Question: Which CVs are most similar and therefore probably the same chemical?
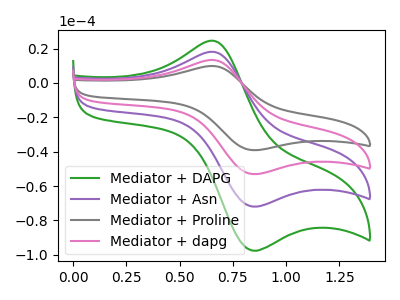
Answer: <think>The green curve "Mediator + DAPG" has an anodic peak at (0.65V, 24.55uA) and a cathodic peak at (0.85V, -97.10uA). The purple curve "Mediator + Asn" has an anodic peak at (0.65V, 18.10uA) and a cathodic peak at (0.85V, -71.60uA). The gray curve "Mediator + Proline" has an anodic peak at (0.65V, 54.30uA) and a cathodic peak at (0.85V, -214.75uA). The pink curve "Mediator + dapg" has an anodic peak at (0.65V, 36.20uA) and a cathodic peak at (0.85V, -143.15uA).
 All the peaks in "Mediator + DAPG" have a peak in "Mediator + Asn" at the same potential. Every peak in "Mediator + DAPG" is higher than every peak in "Mediator + Asn". All the peaks in "Mediator + DAPG" have a peak in "Mediator + Proline" at the same potential. Every peak in "Mediator + DAPG" is lower than every peak in "Mediator + Proline". All the peaks in "Mediator + DAPG" have a peak in "Mediator + dapg" at the same potential. Every peak in "Mediator + DAPG" is lower than every peak in "Mediator + dapg". All the peaks in "Mediator + Asn" have a peak in "Mediator + Proline" at the same potential. Every peak in "Mediator + Asn" is lower than every peak in "Mediator + Proline". All the peaks in "Mediator + Asn" have a peak in "Mediator + dapg" at the same potential. Every peak in "Mediator + Asn" is lower than every peak in "Mediator + dapg". All the peaks in "Mediator + Proline" have a peak in "Mediator + dapg" at the same potential. Every peak in "Mediator + Proline" is higher than every peak in "Mediator + dapg".</think>
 <answer>"Mediator + DAPG", "Mediator + Asn", "Mediator + Proline" and "Mediator + dapg" have the same shape and are likely CV's of the same chemical.</answer>
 <eval>"Mediator + DAPG" "Mediator + Asn" "Mediator + Proline" "Mediator + dapg"</eval>